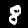
Digit: 8